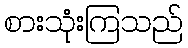
စားသုံးကြသည်